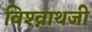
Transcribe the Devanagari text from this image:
विश्व्नाथजी